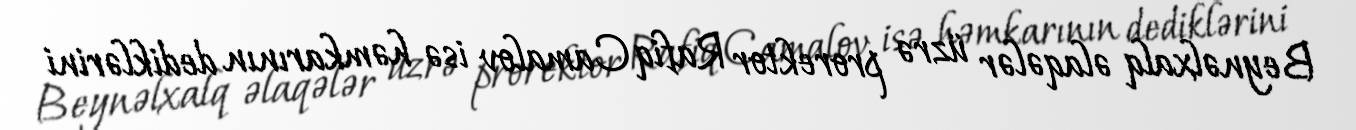
Beynəlxalq əlaqələr üzrə prorektor Rafiq Camalov isə həmkarının dediklərini